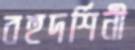
বহুদর্শিনী